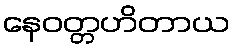
နေဝတ္တဟိတာယ